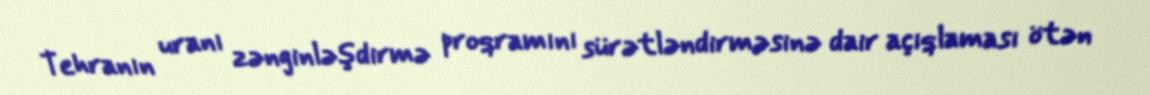
Tehranın uranı zənginləşdirmə proqramını sürətləndirməsinə dair açıqlaması ötən